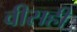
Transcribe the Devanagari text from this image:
वीसही